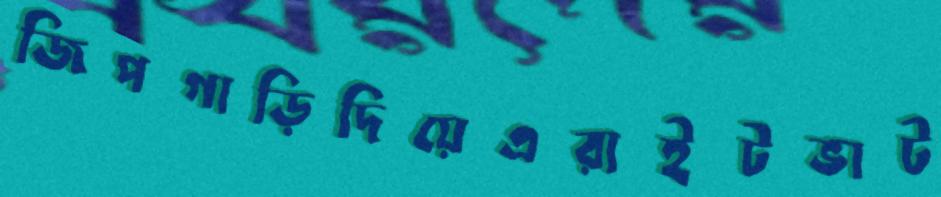
জিপগাড়িদিয়েএরাইটভাট